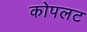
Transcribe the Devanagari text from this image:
कोपलट